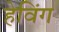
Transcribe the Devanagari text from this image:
हेविंग